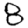
Digit: 8